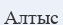
Алтыс